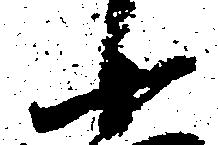
十